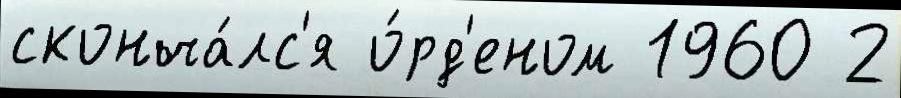
сконча́лс'я о́рд'еном 1960 2